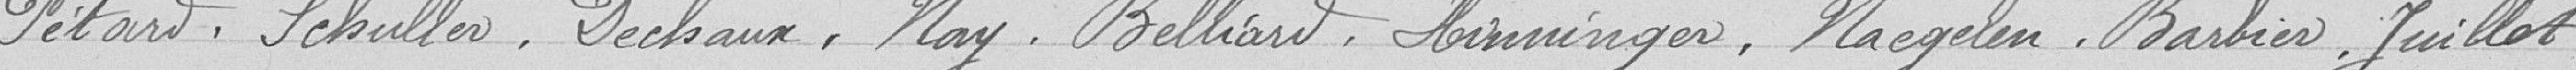
Pétard, Schuller, Dechaux, Nay, Belliard, Hinninger, Nagelen, Barbier, Juillet